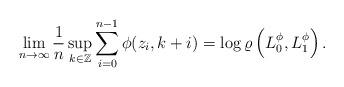
LaTeX: \begin{align*}\lim_{n \to \infty}\frac{1}{n} \sup_{k \in \mathbb{Z}}\sum_{i=0}^{n-1}\phi(z_i,k+i)=\log\varrho\left(L_0^\phi,L_1^\phi\right).\end{align*}